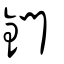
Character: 鍆